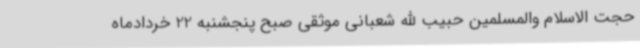
حجت الاسلام والمسلمین حبیب الله شعبانی موثقی صبح پنجشنبه 22 خردادماه